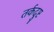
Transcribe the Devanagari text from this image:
तर्कदुष्ट